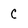
Character: C